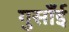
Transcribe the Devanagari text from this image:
गुसाँई